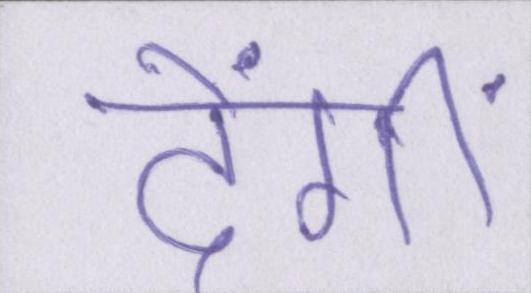
देंगीं